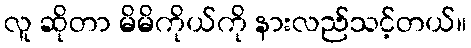
လူ ဆိုတာ မိမိကိုယ်ကို နားလည်သင့်တယ်။